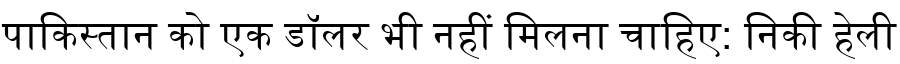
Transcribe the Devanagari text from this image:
पाकिस्तान को एक डॉलर भी नहीं मिलना चाहिए: निकी हेली